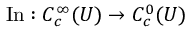
\operatorname { I n } : C _ { c } ^ { \infty } ( U ) \to C _ { c } ^ { 0 } ( U )